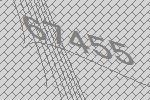
67455